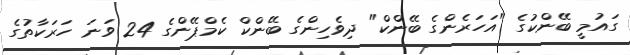
ގައުމީ ބޭންކުގެ "އަހަރެންގެ ބޭންކް" ދިވެހިންގެ ބޭންކް ކެމްޕޭންގެ 24 ވަނަ ހަރަކާތުގެ